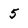
Character: 5